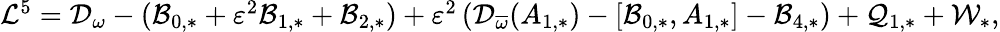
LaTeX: \begin{array}{r}{\mathcal{L}^{5}=\mathcal{D}_{\omega}-(\mathcal{B}_{0,*}+\varepsilon^{2}\mathcal{B}_{1,*}+\mathcal{B}_{2,*})+\varepsilon^{2}\left(\mathcal{D}_{\overline{{\omega}}}(A_{1,*})-[\mathcal{B}_{0,*},A_{1,*}]-\mathcal{B}_{4,*}\right)+\mathcal{Q}_{1,*}+\mathcal{W}_{*},}\end{array}